Annual administration report of the Civil Veterinary Department of India - 1893-1894
Year: 1893
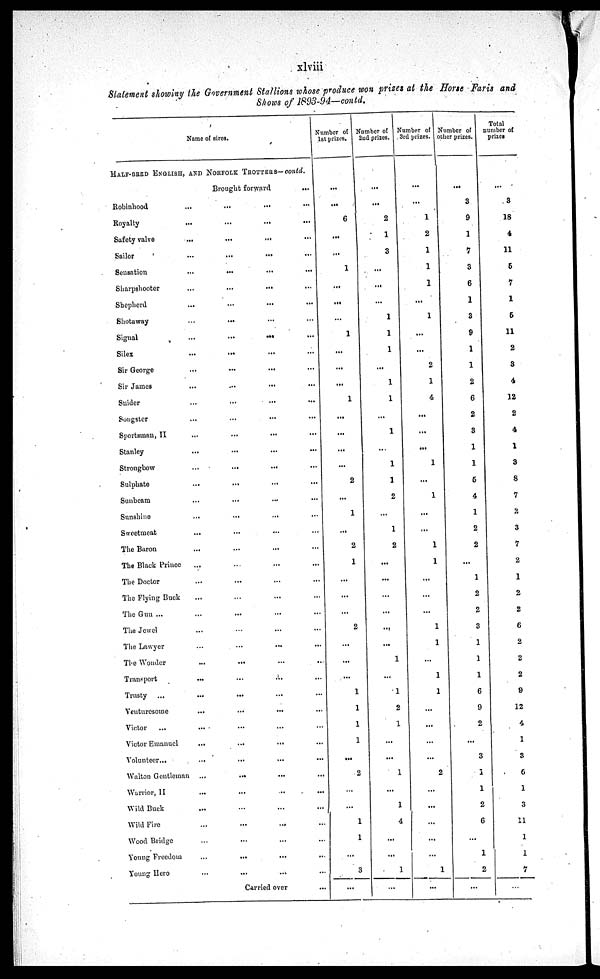
xlviii
Statement showing the Government Stallions whose produce won prizes at the Horse Faris and
Shows of 1893-94—contd.
Name of sires.
HALF-BRED ENGLISH, AND NORFOLK TROTTERS—contd.
Brought forward ...
Robinhood ... ... ... ...
Royalty
...
...
...
...
Safety valve ... ... ... ...
Sailor ... ... ... ...
Sensation ... ... ... ...
Sharpshooter ... ... ... ...
Shepherd ... ... ... ...
Shotaway ... ... ... ...
Signal ... ... ... ...
Silex ... ... ... ...
Sir George ... ... ... ...
Sir James ... ... ... ...
Snider ... ... ... ...
Songster ... ... ... ...
Sportsman, II ... ... ... ...
Stanley ... ... ... ...
Strongbow ... ... ... ...
Sulphate ... ... ... ...
Sunbeam ... ... ... ...
Sunshine ... ... ... ...
Sweetmeat ... ... ... ...
The Baron ... ... ... ...
The Black Prince ... ... ... ...
The Doctor ... ... ... ...
The Flying Buck ... ... ... ...
The Gun ... ... ... ... ...
The Jewel
The Lawyer ... ... ... ...
The Wonder ... ... ... ...
Transport ... ... ... ...
Trusty ... ... ... ... ...
Venturesome ... ... ... ...
Victor
... ... ... ... ...
Victor Emanuel ... ... ... ...
Volunteer... ... ... ... ...
Walton Gentleman ... ... ... ...
Warrior, II ... ... ... ...
Wild Buck ... ... ... ...
Wild Fire ... ... ... ...
Wood Bridge ... ... ... ...
Young Freedom ... ... ... ...
Young Hero ... ... ... ...
Carried over...
Number of
1st prizes.
...
...
6
...
...
1
...
...
...
1
...
...
...
1
...
...
...
...
2
...
1
...
2
1
...
...
...
2
...
...
...
1
1
1
1
...
2
...
...
1
1
...
3
...
Number of
2nd prizes.
...
...
2
1
3
...
...
...
...
...
...
2
...
1
2
...
...
...
...
...
...
1
...
1
2
1
...
...
1
...
1
4
...
...
1
...
Number of
3rd prizes.
...
...
1
2
1
1
...
1
...
...
2
1
4
...
...
1
...
1
...
...
1
1
...
...
...
1
1
...
1
1
...
...
...
...
2
...
...
...
...
...
1
...
Number of
other prizes.
...
3
9
1
7
3
6
1
3
9
1
1
2
6
2
3
1
1
6
4
1
2
2
...
1
2
2
3
1
1
1
6
9
2
...
3
1
1
2
6
...
1
2
...
Total
number of
prizes
...
3
18
4
11
5
7
1
5
11
2
3
4
12
2
4
1
3
8
7
2
3
7
2
1
2
2
6
2
2
2
8
12
4
1
3
6
1
3
11
1
1
7